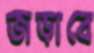
জড়াবে